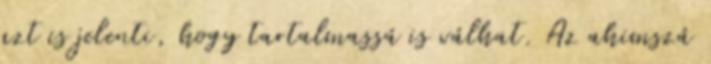
azt is jelenti, hogy tartalmassá is válhat. Az ahimszá